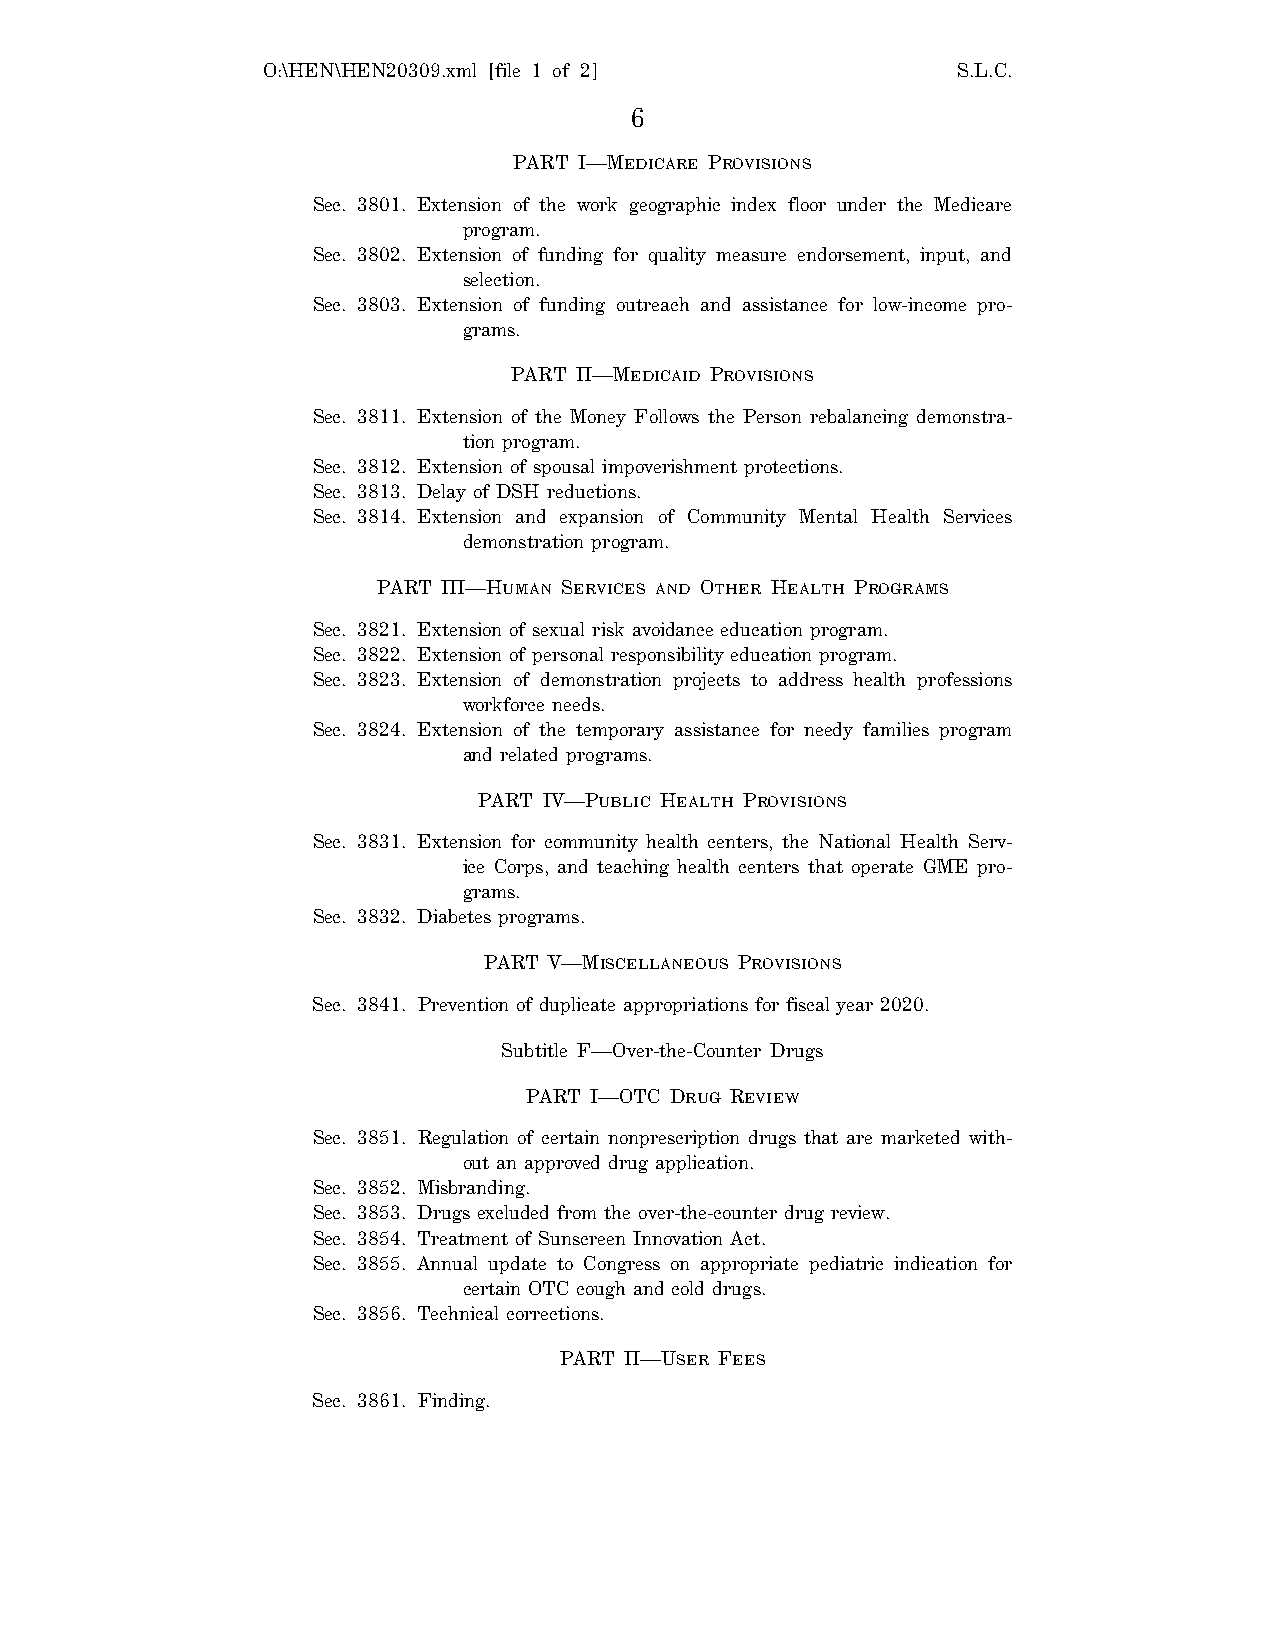
O:\HEN\HEN20309.xml [file 1 of 2]             S.L.C.
 6
 PART I—MEDICARE PROVISIONS
 Sec. 3801. Extension of the work geographic index floor under the Medicare
 program.
 Sec. 3802. Extension of funding for quality measure endorsement, input, and
 selection.
 Sec. 3803. Extension of funding outreach and assistance for low-income pro-
 grams.
 PART II—MEDICAID PROVISIONS
 Sec. 3811. Extension of the Money Follows the Person rebalancing demonstra-
 tion program.
 Sec. 3812. Extension of spousal impoverishment protections.
 Sec. 3813. Delay of DSH reductions.
 Sec. 3814. Extension and expansion of Community Mental Health Services
 demonstration program.
 PART III—HUMAN SERVICES AND OTHER HEALTH PROGRAMS
 Sec. 3821. Extension of sexual risk avoidance education program.
 Sec. 3822. Extension of personal responsibility education program.
 Sec. 3823. Extension of demonstration projects to address health professions
 workforce needs.
 Sec. 3824. Extension of the temporary assistance for needy families program
 and related programs.
 PART IV—PUBLIC HEALTH PROVISIONS
 Sec. 3831. Extension for community health centers, the National Health Serv-
 ice Corps, and teaching health centers that operate GME pro-
 grams.
 Sec. 3832. Diabetes programs.
 PART V—MISCELLANEOUS PROVISIONS
 Sec. 3841. Prevention of duplicate appropriations for fiscal year 2020.
 Subtitle F—Over-the-Counter Drugs
 PART I—OTC DRUG REVIEW
 Sec. 3851. Regulation of certain nonprescription drugs that are marketed with-
 out an approved drug application.
 Sec. 3852. Misbranding.
 Sec. 3853. Drugs excluded from the over-the-counter drug review.
 Sec. 3854. Treatment of Sunscreen Innovation Act.
 Sec. 3855. Annual update to Congress on appropriate pediatric indication for
 certain OTC cough and cold drugs.
 Sec. 3856. Technical corrections.
 PART II—USER FEES
 Sec. 3861. Finding.